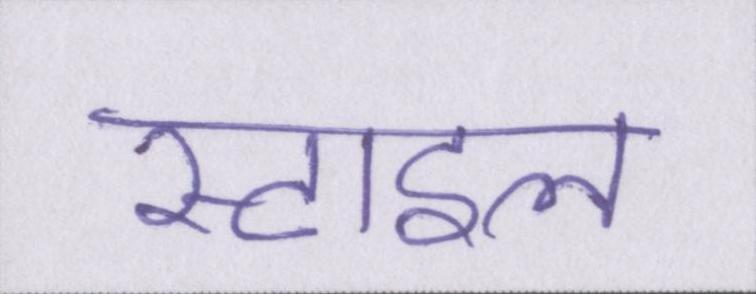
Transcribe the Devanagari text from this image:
स्टाइल